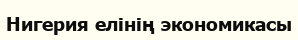
Нигерия елінің экономикасы